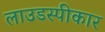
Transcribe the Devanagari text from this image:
लाउडस्पीकार